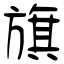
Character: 旗